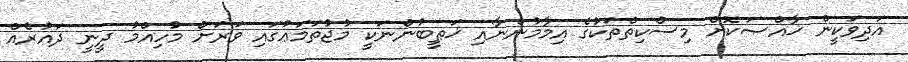
އަދިވަކީން ޚާއްޞަކޮށް މިސްކިތްތަކުގެ އިމާމުންނާއި ޚަޠީބުންނަކީ މުޖުތަމަޢުގައި ވަރަށް މުހިއްމު ދީނީ ދައުރެއް